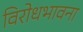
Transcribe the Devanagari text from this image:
विरोधभावना